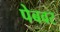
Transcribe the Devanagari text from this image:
पेबवर